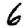
Digit: 6